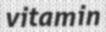
vitamin